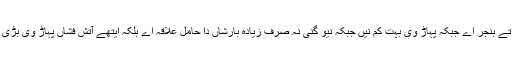
آسٹریلیا زیادہ خشک تے بنجر اے جبکہ پہاڑ وی بہت کم نیں جبکہ نیو گنی نہ صرف زیادہ بارشاں دا حامل علاقہ اے بلکہ ایتھے آتش فشاں پہاڑ وی بڑی تعداد وچ موجود نیں۔